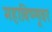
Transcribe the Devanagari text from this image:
महाविष्णूवर